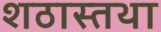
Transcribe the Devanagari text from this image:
शठास्तथा